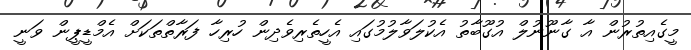
މީގެއިތުުރުން އާ ގާނޫނުލް އުގޫބާތު އެކުލަވާލުމުގައި އެހީތެރިވެދިން ހުރިހާ ފަރާތްތަކަށް އެމްޑީޕީން ވަނީ